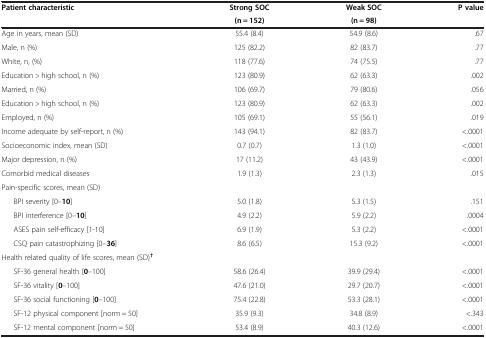
<table><thead><tr><td rowspan="2"><b>Patient characteristic</b></td><td><b>Strong SOC</b></td><td><b>Weak SOC</b></td><td rowspan="2"><b>P value</b></td></tr><tr><td><b>(n = 152)</b></td><td><b>(n = 98)</b></td></tr></thead><tbody><tr><td>Age in years, mean (SD)</td><td>55.4 (8.4)</td><td>54.9 (8.6)</td><td>.67</td></tr><tr><td>Male, n (%)</td><td>125 (82.2)</td><td>82 (83.7)</td><td>.77</td></tr><tr><td>White, n, (%)</td><td>118 (77.6)</td><td>74 (75.5)</td><td>.77</td></tr><tr><td>Education &gt; high school, n (%)</td><td>123 (80.9)</td><td>62 (63.3)</td><td>.002</td></tr><tr><td>Married, n (%)</td><td>106 (69.7)</td><td>79 (80.6)</td><td>.056</td></tr><tr><td>Education &gt; high school, n (%)</td><td>123 (80.9)</td><td>62 (63.3)</td><td>.002</td></tr><tr><td>Employed, n (%)</td><td>105 (69.1)</td><td>55 (56.1)</td><td>.019</td></tr><tr><td>Income adequate by self-report, n (%)</td><td>143 (94.1)</td><td>82 (83.7)</td><td>&lt;.0001</td></tr><tr><td>Socioeconomic index, mean (SD)</td><td>0.7 (0.7)</td><td>1.3 (1.0)</td><td>&lt;.0001</td></tr><tr><td>Major depression, n (%)</td><td>17 (11.2)</td><td>43 (43.9)</td><td>&lt;.0001</td></tr><tr><td>Comorbid medical diseases</td><td>1.9 (1.3)</td><td>2.3 (1.3)</td><td>.015</td></tr><tr><td>Pain-specific scores, mean (SD)</td><td> </td><td> </td><td> </td></tr><tr><td>BPI severity [0–<b>10</b>]</td><td>5.0 (1.8)</td><td>5.3 (1.5)</td><td>.151</td></tr><tr><td>BPI interference [0–<b>10</b>]</td><td>4.9 (2.2)</td><td>5.9 (2.2)</td><td>.0004</td></tr><tr><td>ASES pain self-efficacy [1-10]</td><td>6.9 (1.9)</td><td>5.3 (2.2)</td><td>&lt;.0001</td></tr><tr><td>CSQ pain catastrophizing [0–<b>36</b>]</td><td>8.6 (6.5)</td><td>15.3 (9.2)</td><td>&lt;.0001</td></tr><tr><td>Health related quality of life scores, mean (SD)<sup><b>†</b></sup></td><td> </td><td> </td><td> </td></tr><tr><td>SF-36 general health [<b>0</b>–100]</td><td>58.6 (26.4)</td><td>39.9 (29.4)</td><td>&lt;.0001</td></tr><tr><td>SF-36 vitality [<b>0</b>–100]</td><td>47.6 (21.0)</td><td>29.7 (20.7)</td><td>&lt;.0001</td></tr><tr><td>SF-36 social functioning [<b>0</b>–100]</td><td>75.4 (22.8)</td><td>53.3 (28.1)</td><td>&lt;.0001</td></tr><tr><td>SF-12 physical component [norm = 50]</td><td>35.9 (9.3)</td><td>34.8 (8.9)</td><td>&lt;.343</td></tr><tr><td>SF-12 mental component [norm = 50]</td><td>53.4 (8.9)</td><td>40.3 (12.6)</td><td>&lt;.0001</td></tr></tbody></table>